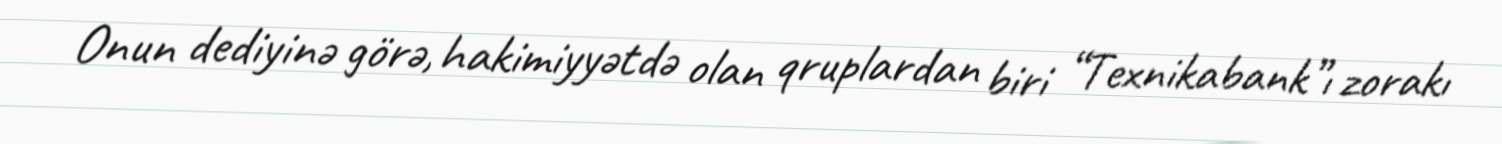
Onun dediyinə görə, hakimiyyətdə olan qruplardan biri “Texnikabank”ı zorakı